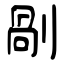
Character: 剮